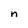
Character: n